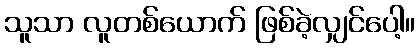
သူသာ လူတစ်ယောက် ဖြစ်ခဲ့လျှင်ပေါ့။